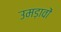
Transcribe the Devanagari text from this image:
उमड़ावों